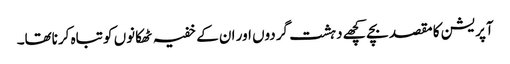
آپریشن کا مقصد بچے کچھے دہشت گردوں اور ان کے خفیہ ٹھکانوں کو تباہ کرناتھا۔